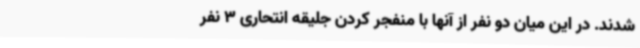
شدند. در این میان دو نفر از آنها با منفجر کردن جلیقه انتحاری 3 نفر